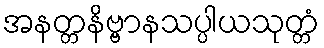
အနတ္တနိဗ္ဗာနသပ္ပါယသုတ္တံ